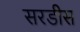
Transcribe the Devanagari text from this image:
सरडीस